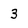
Character: 3